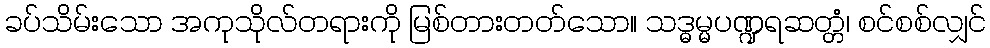
ခပ်သိမ်းသော အကုသိုလ်တရားကို မြစ်တားတတ်သော။ သဒ္ဓမ္မပဏ္ဍရဆတ္တံ၊ စင်စစ်လျှင်